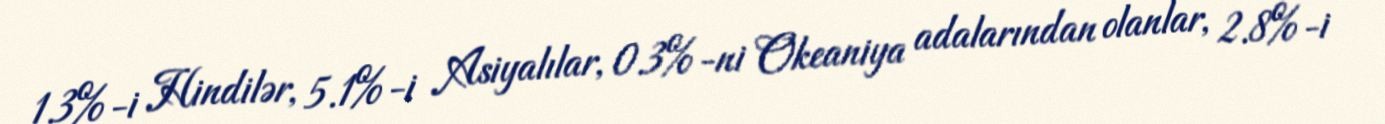
1.3%-i Hindilər, 5.1%-i Asiyalılar, 0.3%-ni Okeaniya adalarından olanlar, 2.8%-i